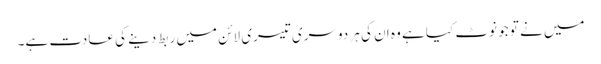
میں نے تو جو نوٹ کیا ہے وہ ان کی ہر دوسری تیسری لائن میں ربط دینے کی عادت ہے۔